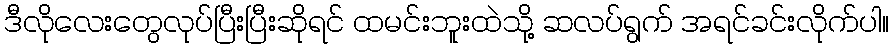
ဒီလိုလေးတွေလုပ်ပြီးပြီးဆိုရင် ထမင်းဘူးထဲသို့ ဆလပ်ရွက် အရင်ခင်းလိုက်ပါ။